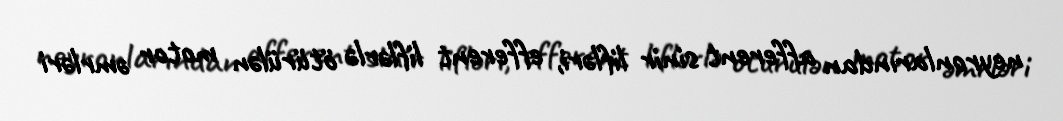
neyronlarından afferent sinir lifləri, efferent liflərlə ötürülən motor əmrləri